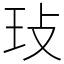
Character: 㺳